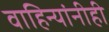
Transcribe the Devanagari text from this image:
वाहिन्यांनीही